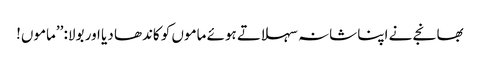
بھانجے نے اپنا شانہ سہلاتے ہوئے ماموں کو کاندھا دیا اور بولا: ’’ماموں!